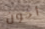
أخون